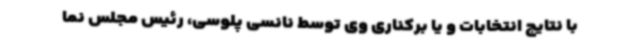
با نتایج انتخابات و یا برکناری وی توسط نانسی پلوسی، رئیس مجلس نما